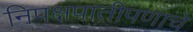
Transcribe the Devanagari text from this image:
निपक्षपातीपणाचे